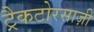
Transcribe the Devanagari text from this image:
ट्रैकटोरसाज़ी